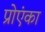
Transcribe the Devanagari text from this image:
प्रोएंका